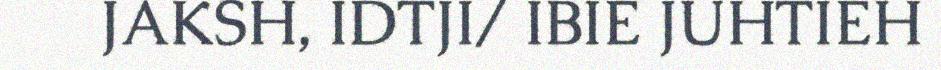
JAKSH, IDTJI/ IBIE JUHTIEH